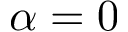
\alpha = 0